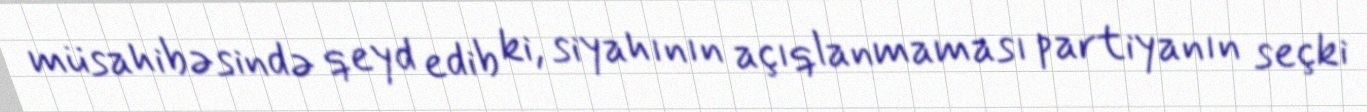
müsahibəsində qeyd edib ki, siyahının açıqlanmaması partiyanın seçki